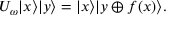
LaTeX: U _ { \omega } | x \rangle | y \rangle = | x \rangle | y \oplus f ( x ) \rangle .